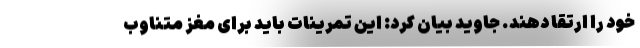
خود را ارتقا دهند. جاوید بیان کرد: این تمرینات باید برای مغز متناوب